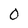
Character: 0